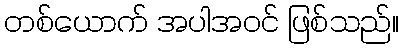
တစ်ယောက် အပါအဝင် ဖြစ်သည်။